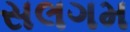
સલગમ